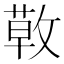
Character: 𢾳